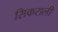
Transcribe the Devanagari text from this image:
सिकराली